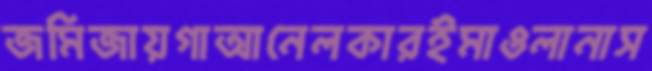
জমিজায়গাআনেলকারইমাওলানাস